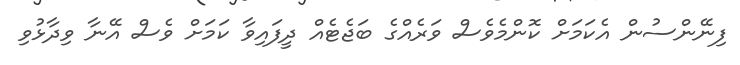
ފިނޭންސުން އެކަމަށް ކޮންމެވެސް ވަރެއްގެ ބަޖެޓެއް ދީފައިވާ ކަމަށް ވެސް އޭނާ ވިދާޅުވި